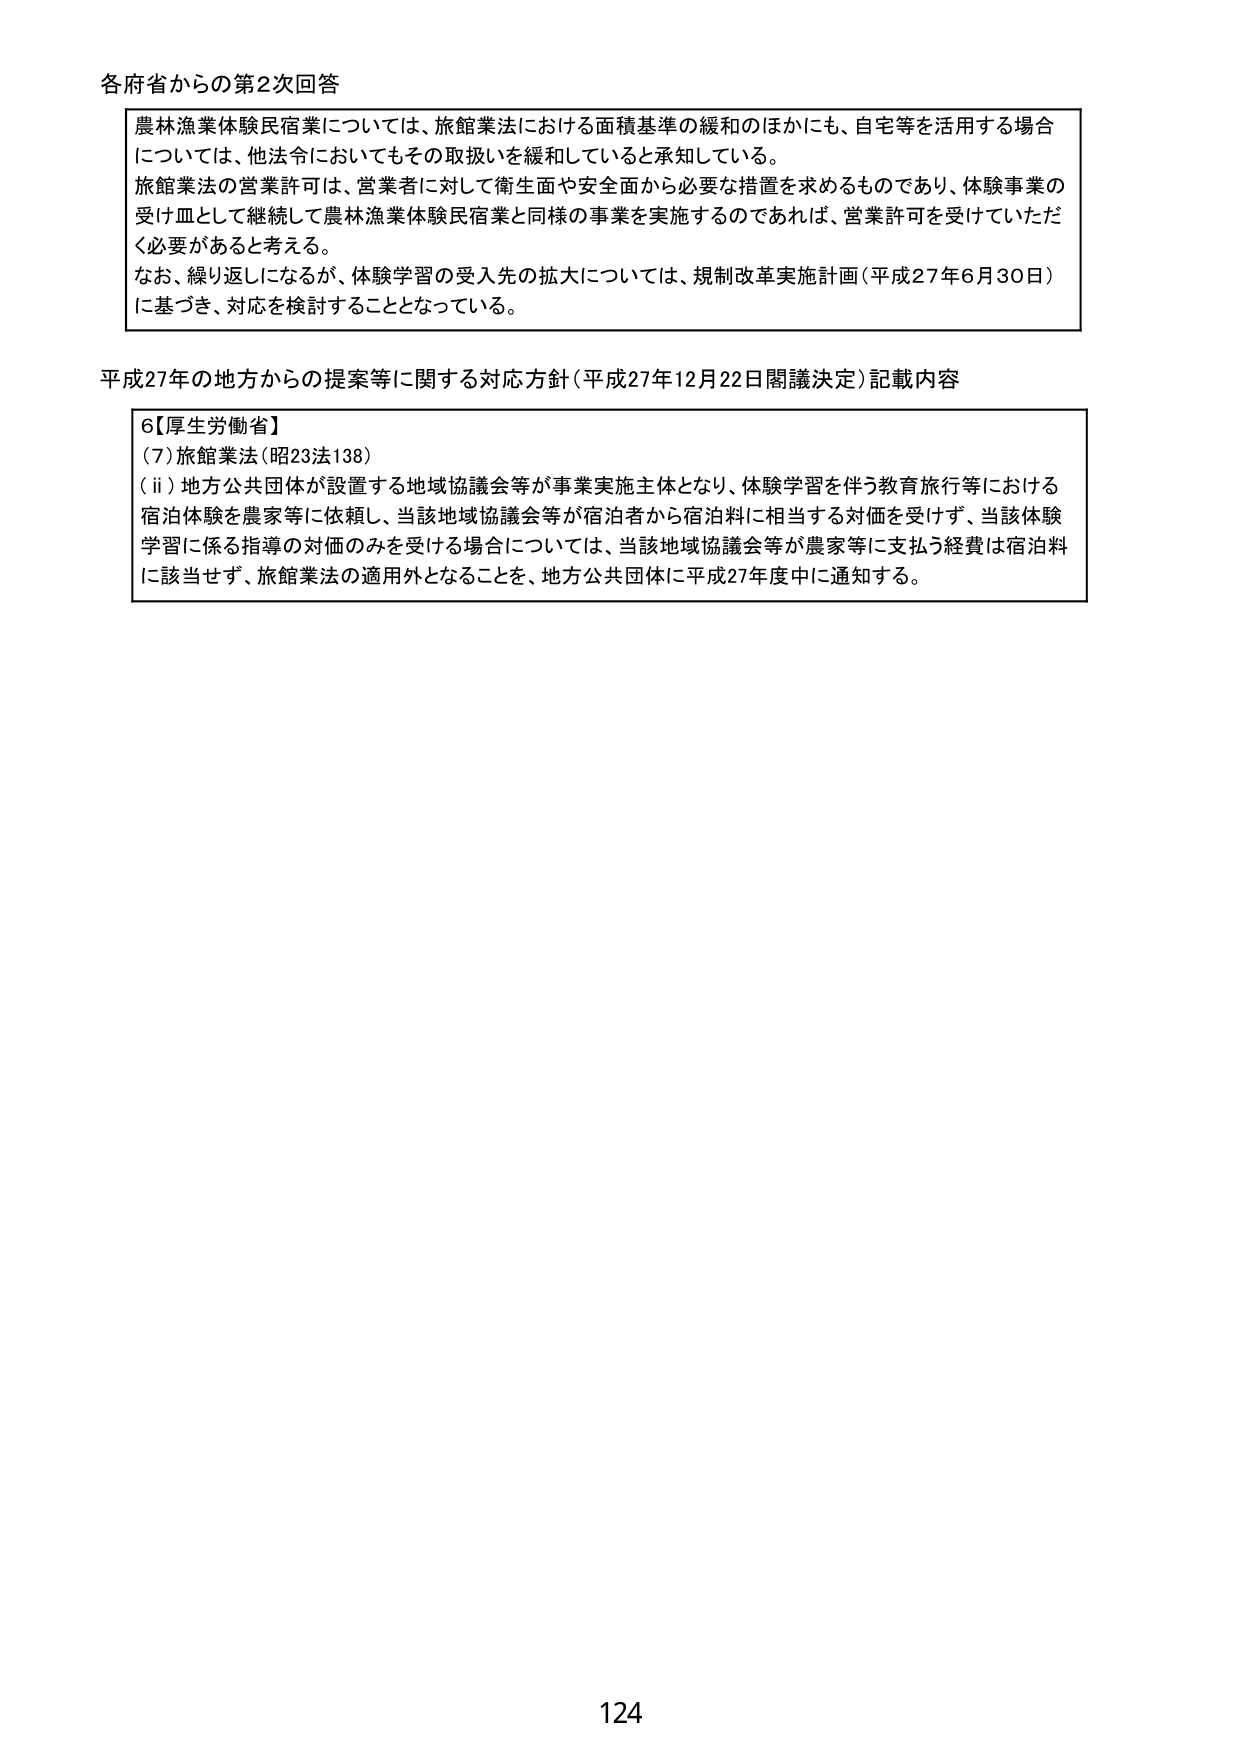
各府省からの第2次回答

農林漁業体験民宿業については、旅館業法における面積基準の緩和のほかにも、自宅等を活用する場合については、他法令においてもその取扱いを緩和していると承知している。
旅館業法の営業許可は、営業者に対して衛生面や安全面から必要な措置を求めるものであり、体験事業の受け皿として継続して農林漁業体験民宿業と同様の事業を実施するのであれば、営業許可を受けていただく必要があると考える。
なお、繰り返しになるが、体験学習の受入先の拡大については、規制改革実施計画（平成27年6月30日）に基づき、対応を検討することとなっている。

平成27年の地方からの提案等に関する対応方針（平成27年12月22日閣議決定）記載内容

6【厚生労働省】
（7）旅館業法（昭23法138）
（ii）地方公共団体が設置する地域協議会等が事業実施主体となり、体験学習を伴う教育旅行等における宿泊体験を農家等に依頼し、当該地域協議会等が宿泊者から宿泊料に相当する対価を受けず、当該体験学習に係る指導の対価のみを受ける場合については、当該地域協議会等が農家等に支払う経費は宿泊料に該当せず、旅館業法の適用外となることを、地方公共団体に平成27年度中に通知する。

124